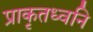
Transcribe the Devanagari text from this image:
प्राकृतध्वनि